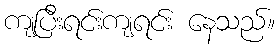
ကျပြီးရင်းကျရင်း နေသည်။